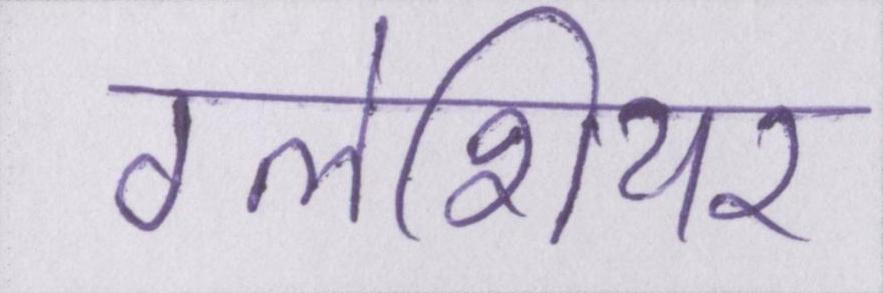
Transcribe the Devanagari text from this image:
ग्लेशियर